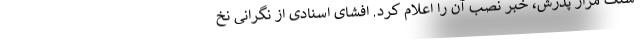
سنگ مزار پدرش، خبر نصب آن را اعلام کرد. افشای اسنادی از نگرانی نخ